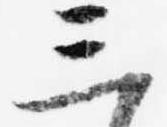
三